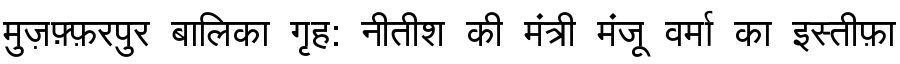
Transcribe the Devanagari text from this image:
मुज़फ़्फ़रपुर बालिका गृह: नीतीश की मंत्री मंजू वर्मा का इस्तीफ़ा